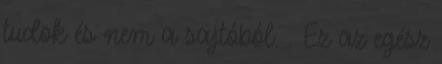
tudok és nem a sajtóból. . Ez az egész